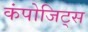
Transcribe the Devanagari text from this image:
कंपोजिट्स